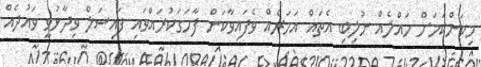
މިކަންކަމަށް ހައްލެއް ނުލިބި އެތައް އަހަރެއް ވެފައިވާކަން ފާހަގަކުރައްވައި ފައިސަލް ވިދާޅުވީ ވައުދެއް